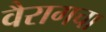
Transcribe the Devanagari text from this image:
वैरागचा